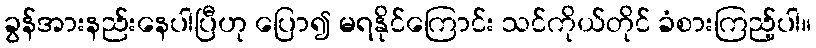
ခွန်အားနည်းနေပါပြီဟု ပြော၍ မရနိုင်ကြောင်း သင်ကိုယ်တိုင် ခံစားကြည့်ပါ။